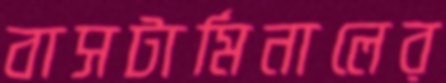
বাসটার্মিনালের